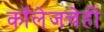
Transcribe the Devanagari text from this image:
कॉलेजचेही